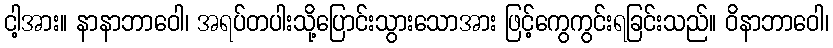
ငါ့အား။ နာနာဘာဝေါ၊ အရပ်တပါးသို့ပြောင်းသွားသောအား ဖြင့်ကွေကွင်းရခြင်းသည်။ ဝိနာဘာဝေါ၊